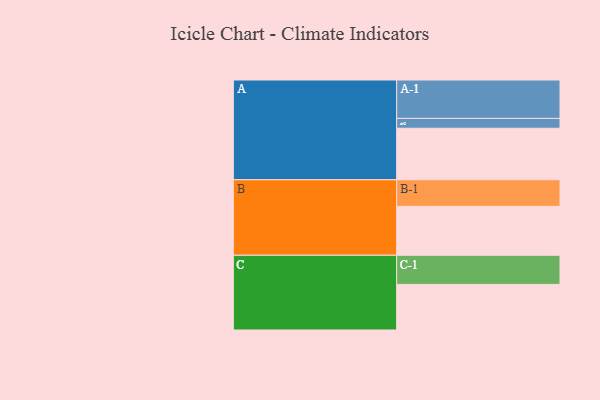
{"axis": {"x": "Segment", "y": "Value"}, "legend": ["", "A", "B", "C"], "data": [{"x": "A", "y": 393, "type": ""}, {"x": "B", "y": 373, "type": ""}, {"x": "C", "y": 348, "type": ""}, {"x": "A-1", "y": 293, "type": "A"}, {"x": "A-2", "y": 75, "type": "A"}, {"x": "B-1", "y": 203, "type": "B"}, {"x": "C-1", "y": 222, "type": "C"}]}